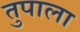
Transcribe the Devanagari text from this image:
तुपाला